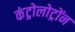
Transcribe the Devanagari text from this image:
कंट्रोलोट्रोंन